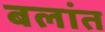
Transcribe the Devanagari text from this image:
बलांत